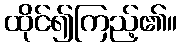
ထိုင်၍ကြည့်၏။